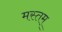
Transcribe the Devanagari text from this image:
मस्तम्